Report on lock hospitals in British Burma
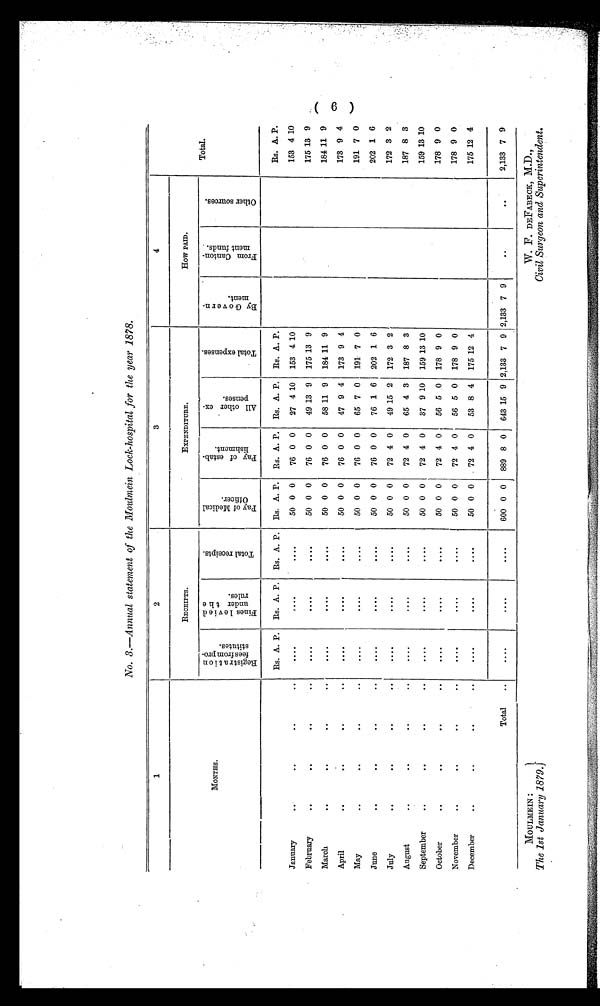
MOULMEIN :
The 1st January 1879.
W. F. DEFABECK, M.D.,
Civil Surgeon and Superintendent.
No. 3.—Annual statement of the Moulmein Lock-hospital for the near 1878.
1
2
3
4
Total.
MONTHS.
RECEIPTS.
EXPENDITURE.
How PAID.
R e g i s t r a t i o n f e e s f r o m p r o s t i t u t e s .
F i n e s l e v i e d u n d e r t h e r u l e s .
T o t a l r e c e i p t s .
P a y o f M e d i c a l O f f i c e r .
P a y o f e s t a b l i s h m e n t .
A l l o t h e r e x p e n s e s .
T o t a l e x p e n s e s .
B y G o v e r n m e n t .
F r o m C a n t o n m e n t f u n d s .
O t h e r s o u r c e s .
Rs. A. P. Rs. A. P. Rs. A. P. Rs. A. P. Rs. A. P. Rs. A. P. Rs. A. P.
Rs. A. P.
January..
. .
..
.
....
. . . .
....
50 0 0
76 0 0
27 4 10 153 4 10
153 4 10
February
..
..
..
..
....
....
....
50 0 0
76 0 0
49 13 9 175 13 9
175 13 9
March
..
..
..
..
....
. . . .
....
50 0 0
76 0 0
58 11 9 184 11 9
184 11 9
April
..
..
..
..
....
....
....
50 0 0
76 0 0
47 9 4 173 9 4
173 9 4
May
. .
. .
. .
. .
....
....
....
50 0 0
76 0 0
65 7 0 191 7 0
191 7 0
June
..
..
. .
..
....
....
....
50 0 0
76 0 0
76 1 6 202 1 6
202 1 6
July
..
..
. .
..
....
. . . .
....
50 0 0
72 4 0
49 15 2 172 3 2
172 3 2
August
..
..
. .
..
....
. . . .
....
50 0 0
72 4 0
65 4 3 187 8 3
187 8 3
September
..
..
..
..
....
. . . .
....
50 0 0
72 4 0
37 9 10 159 13 10
159 13 10
October
..
..
..
..
....
....
....
50 0 0
72 4 0
56 5 0 178 9 0
178 9 0
November
..
..
. .
..
....
. . . .
....
50 0 0
72 4 0 56 5 0 178 9 0
178 9 0
December
..
..
..
..
....
. . . .
....
50 0 0
72 4 0
53 8 4 175 12 4
175 12 4
Total
..
....
. . . .
....
600 0 0 889 8 0 643 15 9 2,133 7 9 2,133 7 9
. .
..
2,133 7 9
( 6 )